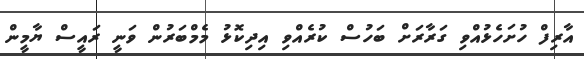
އާރިފް ހުށަހެޅުއްވި ގަރާރަށް ބަހުސް ކުރެއްވި އިދިކޮޅު މެމްބަރުން ވަނީ ރައީސް ޔާމީން